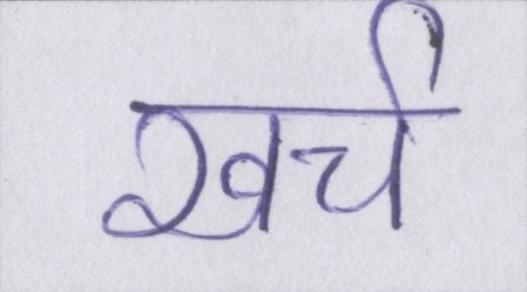
खर्च